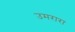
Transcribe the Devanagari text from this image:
उमरारा